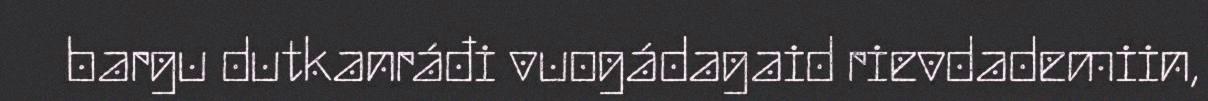
bargu dutkanráđi vuogádagaid rievdademiin,